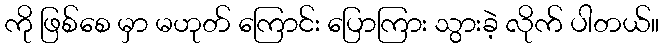
ကို ဖြစ်စေ မှာ မဟုတ် ကြောင်း ပြောကြား သွားခဲ့ လိုက် ပါတယ်။